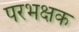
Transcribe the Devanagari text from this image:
परभक्षक